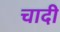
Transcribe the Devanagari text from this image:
चादी